King Institute of Preventive Medicine Micro-Biological Section reports 1912-19
Year: 1912
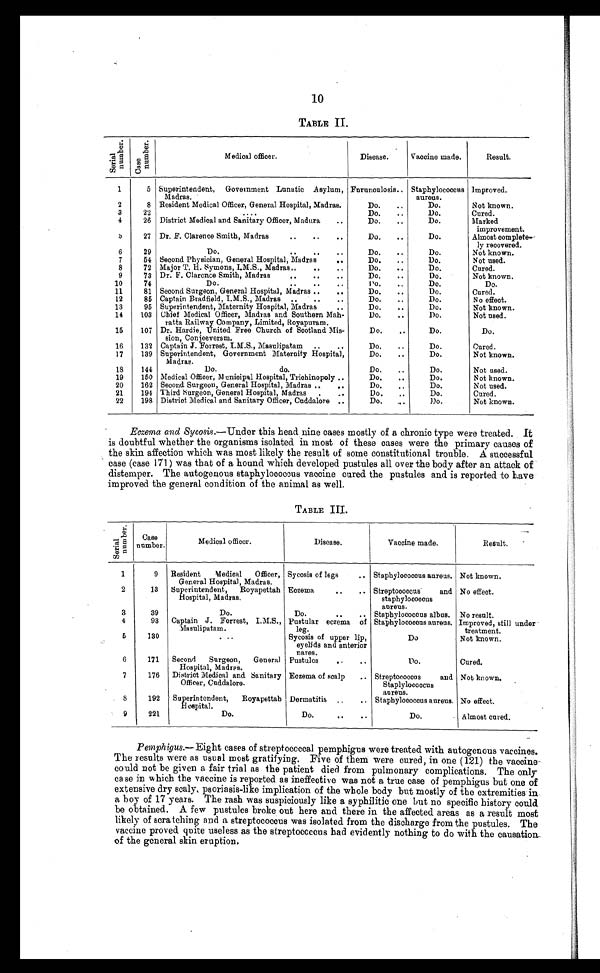
10
TABLE II.
S e r i a l n u m b e r .
C a s e n u m b e r .
Medical officer.
Disease.
Vaccine made.
Result.
1
5 Superintendent, Government Lunatic Asylum,
Madras.
Furunculosis.. Staphylococcus
aureus.
Improved.
2
8 Resident Medical Officer, General Hospital, Madras.
Do.
..
Do.
Not known.
3
22
....
Do.
..
Do.
Cured.
4
26 District Medical and Sanitary Officer, Madura
..
Do. ..
Do.
Marked
improvement.
5
27 Dr. F. Clarence Smith, Madras
..
..
..
Do. ..
Do.
Almost complete
ly recovered.
6
29
Do.
..
..
..
Do. ..
Do.
Not known.
7
54 Second Physician, General Hospital, Madras
..
Do. ..
Do.
Not used.
8
72 Major T. H. Symons, L.M.S., Madras .... . .
Do. ..
Do.
Cured.
9
73 Dr. F. Clarence Smith, Madras
..
..
..
Do.
..
Do.
Not known.
10
74
Do.
...
..
Do. ..
Do.
Do.
11
81 Second Surgeon, General Hospital, Madras ..
..
Do. ..
Do.
Cured.
12
85 Captain Bradfield, I.M.S., Madras ..
..
..
Do.
..
Do.
No effect.
13
95 Superintendent, Maternity Hospital, Madras
. .
Do.
..
Do.
Not known.
14
103 Chief Medical Officer, Madras and Southern Mah-
ratta Railway Company, Limited, Royapuram.
Do.
..
1)o.
Not used.
15
107 Dr. Hardie, United Free Church of Scotland Mis-
lion, Conjeeveram.
Do.
Do.
Do.
16
132 Captain J. Forrest, I.M.S., Masulipatam ..
..
Do. ..
Do.
Cured.
17
139 Superintendent, Government Maternity Hospital,
Madras.
Do.
..
Do.
Not known.
18
144
Do.
do.
Do.
..
Do.
Not used.
19
150 Medical Officer, Municipal Hospital, Trichinopoly ..
Do.
. . . .
Do.
Not known.
20
162 Second Surgeon, General Hospital, Madras ..
. . ,
Do.
..
Do.
Not used.
21
194 Third Surgeon, General Hospital, Madras .
..
Do. ..
Do.
Cured.
22
198 District Medical and Sanitary Officer, Cuddalore ..
Do.
Do.
Not known.
Eczema and Sycosis .—Under this head nine cases mostly of a chronic type were treated. It
is doubtful whether the organisms isolated in most of these cases were the primary causes of
the skin affection which was most likely the result of some constitutional trouble. A successful
case (case 171) was that of a hound which developed pustules all over the body after an attack of
distemper. The autogenous staphylococcus vaccine cured the pustules and is reported to have
improved the general condition of the animal as well.
TABLE III.
S e r i a l n u m b e r
Case
number.
Medical officer.
Disease.
Vaccine made.
Result.
1
9 Resident Medical Officer,
General Hospital, Madras.
Sycosis of legs
.. Staphylococcus aureus. Not known.
2
13 Superintendent, Royapettah
Hospital, Madras.
Eczema
..
.. Streptococcus and
staphylococcus
aureus.
No effect.
3
39
Do.
Do.
..
.. Staphylococcus albus. No result.
4
93 Captain J. Forrest, I.M.S.,
Masulipatam.
Pustular eczema of
leg.
Staphylococcus aureus. Improved, still under
treatment.
5
130
...
Sycosis of upper lip,
eyelids and anterior
nares.
Do
Not known.
6
171 Second Surgeon, General Pustules
..
..
Do.
Cured.
Hospital, Madras.
7
176 District Medical and Sanitary Eczema of scalp .. Streptococcus and Not known.
Officer, Cuddalore.
Staplylococcus
aureus.
8
192 Superintendent, Royapettah Dermatitis „
.. Staphylococcus aureus. No effect.
Hospital.
9
221
Do.
Do.
..
..
Do.
Almost cured.
Pemphigus .— Eight cases of streptococcal pemphigus were treated with autogenous vaccines.
The results were as usual most gratifying. Five of them were cured, in one (121) the vaccine-
could not be given a fair trial as the patient died from pulmonary complications. The only
case in which the vaccine is reported as ineffective was not a true case of pemphigus but one of
extensive dry scaly, psoriasis-like implication of the whole body but mostly of the extremities in
a boy of 17 years. The rash was suspiciously like a syphilitic one but no specific history could
be obtained. A few pustules broke out here and there in the affected areas as a result most
likely of scratching and a streptococcus was isolated from the discharge from the pustules. The
vaccine proved quite useless as the streptococcus had evidently nothing to do with the causation.
of the general skin eruption,